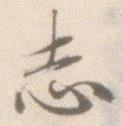
志